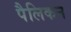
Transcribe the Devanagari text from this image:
पैलिकन